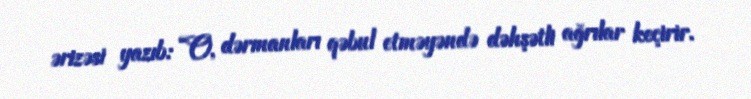
ərizəsi yazıb: “O, dərmanları qəbul etməyəndə dəhşətli ağrılar keçirir.